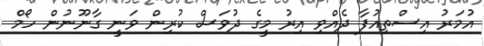
އުމަރު އިސްތިއުފާ ދެއްވި އިރު މީގެ ދުވަސް ކުރިން ވަނީ ގާނޫނުން ހޯމް